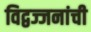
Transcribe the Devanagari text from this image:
विद्वज्जनांची